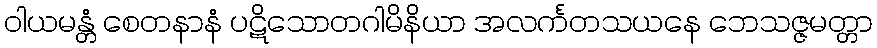
ဝါယမန္တံ စေတနာနံ ပဋိသောတဂါမိနိယာ အလင်္ကတသယနေ ဘေသဇ္ဇမတ္တာ